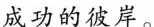
成功的彼岸。